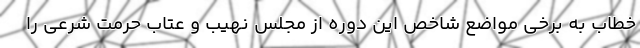
خطاب به برخی مواضع شاخص این دوره از مجلس نهیب و عتاب حرمت شرعی را